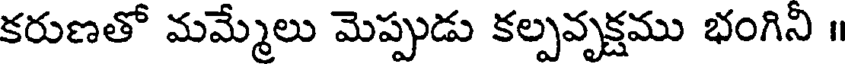
కరుణతో మమ్మేలు మెప్పుడు కల్పవృక్షము భంగిని ॥